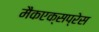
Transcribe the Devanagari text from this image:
मैकएक्सप्रेस